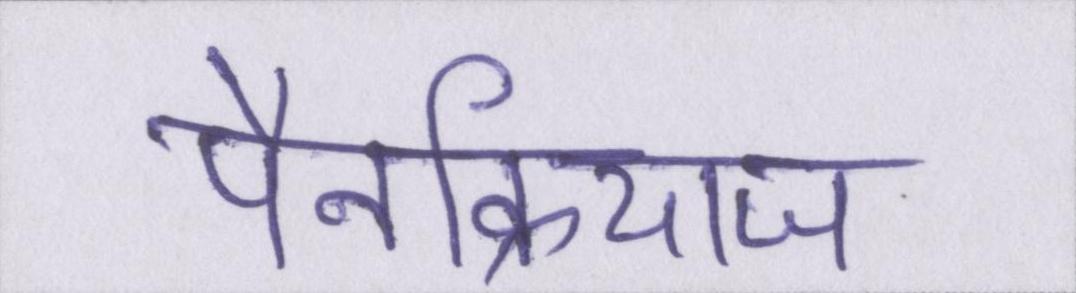
पैनक्रियाज